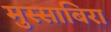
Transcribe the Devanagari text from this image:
मुस्साबिरा